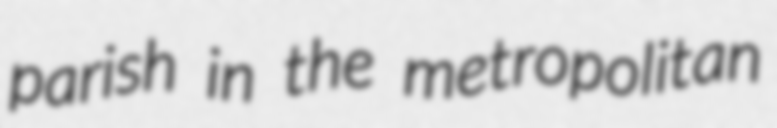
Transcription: parish in the metropolitan